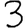
Digit: 3